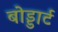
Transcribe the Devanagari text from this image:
बोड्डार्ट